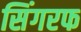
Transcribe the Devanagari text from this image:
सिंगरफ